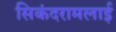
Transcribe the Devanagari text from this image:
सिकंदरामलाई